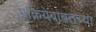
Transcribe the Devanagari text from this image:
प्रक्रियेबाबतच्या